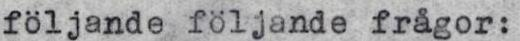
följande följande frågor: